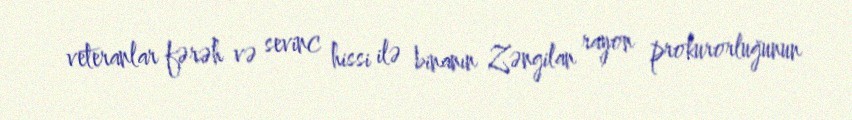
veteranlar fərəh və sevinc hissi ilə binanın Zəngilan rayon prokurorluğunun